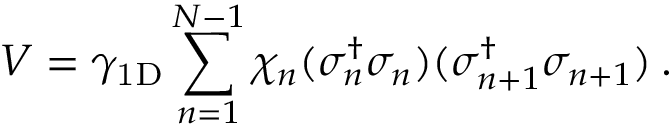
V = \gamma _ { \mathrm { 1 D } } \sum _ { n = 1 } ^ { N - 1 } \chi _ { n } ( \sigma _ { n } ^ { \dag } \sigma _ { n } ) ( \sigma _ { n + 1 } ^ { \dag } \sigma _ { n + 1 } ) \: .